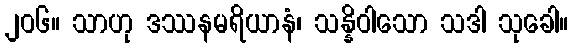
၂၀၆။ သာဟု ဒဿနမရိယာနံ၊ သန္နိဝါသော သဒါ သုခေါ။